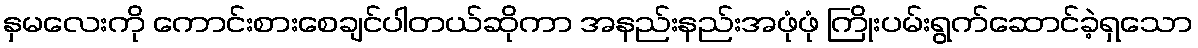
နှမလေးကို ကောင်းစားစေချင်ပါတယ်ဆိုကာ အနည်းနည်းအဖုံဖုံ ကြိုးပမ်းရွက်ဆောင်ခဲ့ရှသော